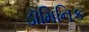
ડૉમિનિક